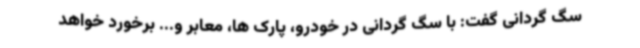
سگ گردانی گفت: با سگ گردانی در خودرو، پارک ها، معابر و... برخورد خواهد